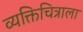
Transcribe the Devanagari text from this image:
व्यक्तिचित्राला